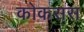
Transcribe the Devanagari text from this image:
कोकसस